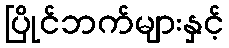
ပြိုင်ဘက်များနှင့်